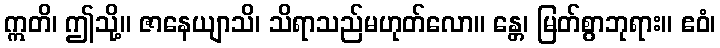
ဣတိ၊ ဤသို့။ ဇာနေယျာသိ၊ သိရာသည်မဟုတ်လော။ န္တေ၊ မြတ်စွာဘုရား။ ဧဝံ၊